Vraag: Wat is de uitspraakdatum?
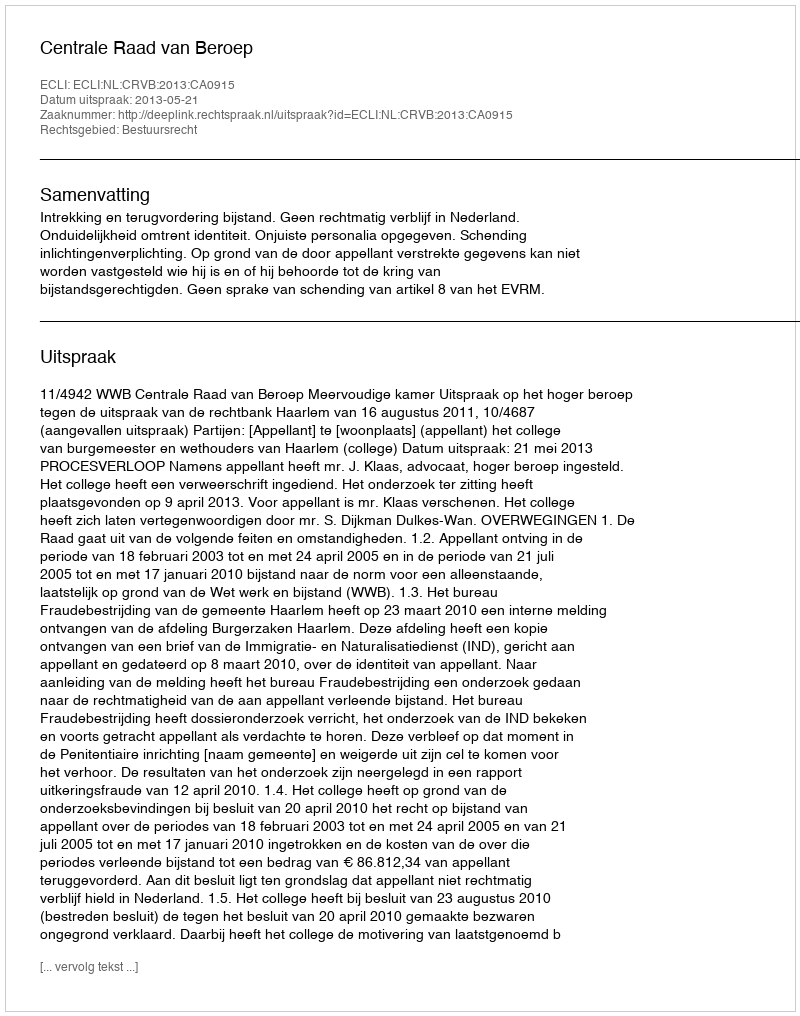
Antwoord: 2013-05-21